Lunatic asylums in Bengal annual reports 1888-1898 - 1888-1898
Year: 1888
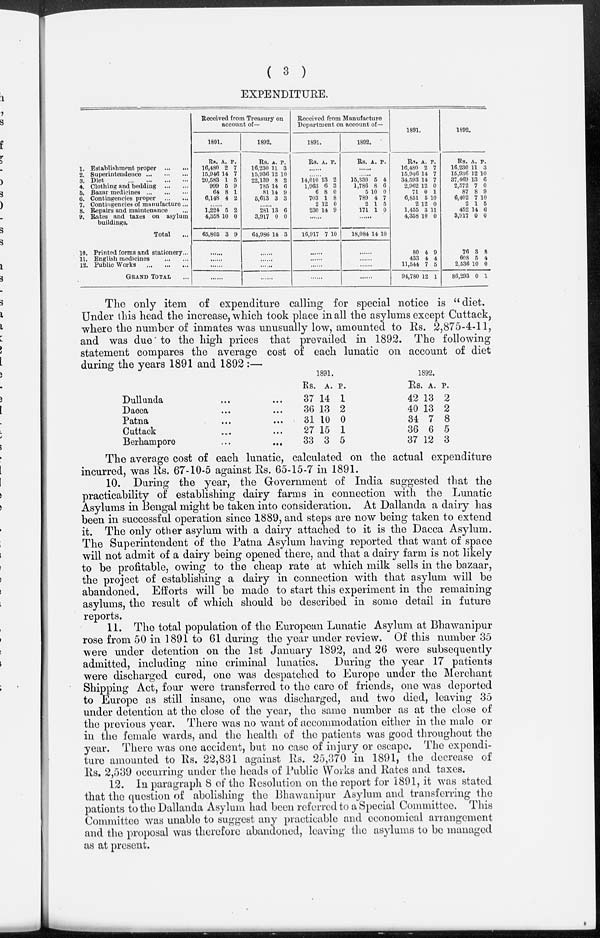
( 3 )
EXPENDITURE.
1. Establishment proper
...
...
2. Superintendence ... ... ... ...
3. Diet
...
...
...
...
4. Clothing and bedding
...
...
6. Bazar medicines
...
...
...
6. Contingencies proper
...
...
7. Contingencies of manufacture ...
8. Repairs and maintenance ...
9. Rates and taxes on asylum
buildings.
Total ...
10. Printed forms and stationery...
11. English medicines
...
...
12. Public Works
...
...
...
GRAND TOTAL ...
Received from Treasury on
account of—
1891.
Rs.
16,480
15,946
20,583
999
64
6,148
A.
2
14
1
5
8
4
P.
7
7
5
9
1
2
1,224
4,358
65,805
5
10
3
2
0
9
......
......
......
......
1892.
Rs.
16,230
15,936
22,139
785
81
5,613
A.
11
12
8
14
14
3
P.
3
10
2
6
9
3
......
281
3,917
64,986
13
0
14
6
0
3
......
......
......
......
Received from Manufacture
Department on account of—
1891.
Rs. A. P.
......
......
14,010
1,963
6
703
2
230
13
6
8
1
12
14
2
3
0
8
0
9
......
16,917 7 10
......
......
......
......
1892.
Rs. A. P.
......
......
15,330
1,786
5
789
2
171
5
8
10
4
1
1
4
6
0
7
5
0
......
18,084 14 10
......
......
......
......
1891.
Rs.
16,480
15,946
34,593
2,962
71
6,851
2
1,455
4,358
A.
2
14
14
12
0
5
12
3
10
P.
7
7
7
0
1
10
0
11
0
80
433
11,544
94,780
4
4
7
12
9
4
5
1
1892.
Rs.
16,230
15,936
37,469
2,572
87
6,402
2
452
3,917
A.
11
12
13
7
8
7
1
14
0
P.
3
10
6
0
9
10
5
6
0
76
608
2,536
86,293
3
5
10
0
8
4
0
1
The only item of expenditure calling for special notice is "diet.
Under this head the increase, which took place in all the asylums except Cuttack,
where the number of inmates was unusually low, amounted to Rs. 2,875-4-11,
and was due to the high prices that prevailed in 1892. The following
statement compares the average cost of each lunatic on account of diet
during the years 1891 and 1892 :—
Dullunda ... ...
Dacca
...
...
Patna
...
...
Cuttack ... ...
Berhampore
...
...
1891.
Rs.
37
36
31
27
33
A.
14
13
10
15
3
P.
1
2
0
1
5
1892.
Rs
42
40
34
36
37
. A.
13
13
7
6
12
P.
2
2
8
5
3
The average cost of each lunatic, calculated on the actual expenditure
incurred, was Rs. 67-10-5 against Rs. 65-15-7 in 1891.
10. During the year, the Government of India suggested that the
practicability of establishing dairy farms in connection with the Lunatic
Asylums in Bengal might be taken into consideration. At Dallanda a dairy has
been in successful operation since 1889, and steps are now being taken to extend
it. The only other asylum with a dairy attached to it is the Dacca Asylum.
The Superintendent of the Patna Asylum having reported that want of space
will not admit of a dairy being opened there, and that a dairy farm is not likely
to be profitable, owing to the cheap rate at which milk sells in the bazaar,
the project of establishing a dairy in connection with that asylum will be
abandoned. Efforts will be made to start this experiment in the remaining
asylums, the result of which should be described in some detail in future
reports.
11. The total population of the European Lunatic Asylum at Bhawanipur
rose from 50 in 1891 to 61 during the year under review. Of this number 35
were under detention on the 1st January 1892, and 26 were subsequently
admitted, including nine criminal lunatics. During the year 17 patients
were discharged cured, one was despatched to Europe under the Merchant
Shipping Act, four were transferred to the care of friends, one was deported
to Europe as still insane, one was discharged, and two died, leaving 35
under detention at the close of the year, the same number as at the close of
the previous year. There was no want of accommodation either in the male or
in the female wards, and the health of the patients was good throughout the
year. There was one accident, but no case of injury or escape. The expendi-
ture amounted to Rs. 22,831 against Rs. 25,370 in 1891, the decrease of
Rs, 2,539 occurring under the heads of Public Works and Rates and taxes.
12. In paragraph 8 of the Resolution on the report for 1891, it was stated
that the question of abolishing the Bhawanipur Asylum and transferring the
patients to the Dallanda Asylum had been referred to a Special Committee. This
Committee was unable to suggest any practicable and economical arrangement
and the proposal was therefore abandoned, leaving the asylums to be managed
as at present.